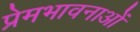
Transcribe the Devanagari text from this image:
प्रेमभावनाओं